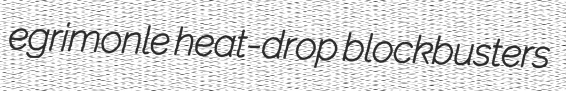
egrimonle heat-drop blockbusters